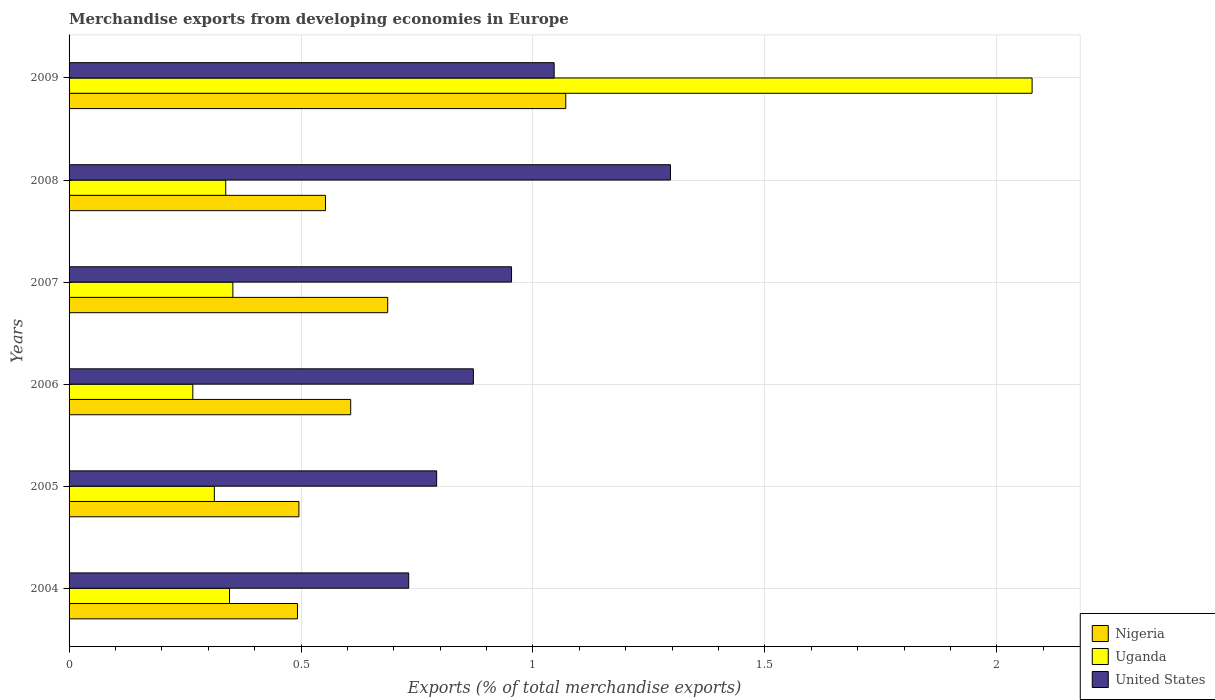
| Years | Nigeria | Uganda | United States |
 | --- | --- | --- | --- |
 | 2004 | 0.492 | 0.346 | 0.732 |
 | 2005 | 0.496 | 0.313 | 0.792 |
 | 2006 | 0.607 | 0.267 | 0.872 |
 | 2007 | 0.687 | 0.353 | 0.954 |
 | 2008 | 0.553 | 0.338 | 1.3 |
 | 2009 | 1.07 | 2.08 | 1.05 |